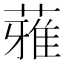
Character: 蕥